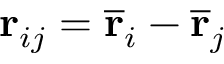
\mathbf { r } _ { i j } = \overline { { \mathbf { r } } } _ { i } - \overline { { \mathbf { r } } } _ { j }